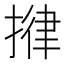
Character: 𢯰